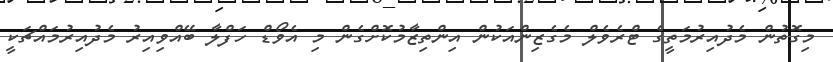
މިގޮތުން މެދުއިރުމަތީގެ ޓްރެވެލް މެގެޒިންއަކުން އިންތިޒާމުކޮށްގެން މި އެވޯޑް ހަފްލާ ބޭއްވިއިރު މެދުއިރުމައްޗަކީ